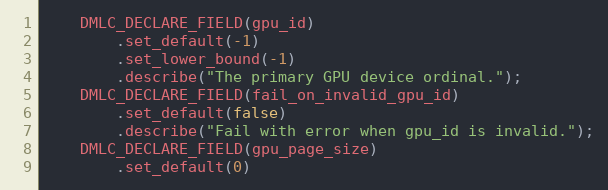
Language: C
    DMLC_DECLARE_FIELD(gpu_id)
        .set_default(-1)
        .set_lower_bound(-1)
        .describe("The primary GPU device ordinal.");
    DMLC_DECLARE_FIELD(fail_on_invalid_gpu_id)
        .set_default(false)
        .describe("Fail with error when gpu_id is invalid.");
    DMLC_DECLARE_FIELD(gpu_page_size)
        .set_default(0)